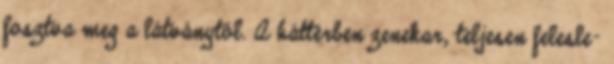
fosztva meg a látványtól. A háttérben zenekar, teljesen felesle-